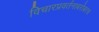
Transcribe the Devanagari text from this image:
विचारप्रवर्तनाबरोबरच